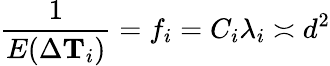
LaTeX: \frac{1}{E(\Delta\mathbf{T}_{i})}=f_{i}=C_{i}\lambda_{i}\asymp d^{2}